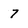
Character: 7